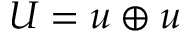
U = u \oplus u